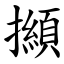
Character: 㩪